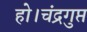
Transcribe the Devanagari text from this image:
हो।चंद्रगुप्त